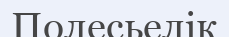
Полесьелік